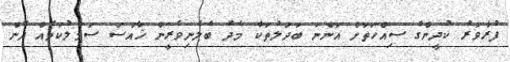
ފުރާވަރު ކުދީންގެ ސިއްހަތަށް އަންނަ ބަދަލުތަކާ މެދު ބެލެނިވެރީން ޚާއްސަ ސަމާލުކަމެއް ދޭން